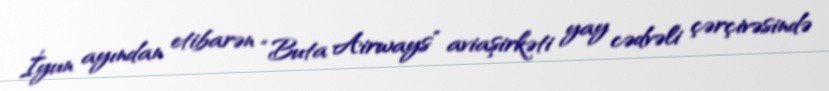
İyun ayından etibarən “Buta Airways” aviaşirkəti yay cədvəli çərçivəsində